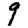
Digit: 9